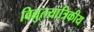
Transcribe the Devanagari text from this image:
विद्युतयांत्रिकीय